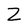
Character: Z